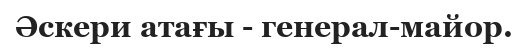
Әскери атағы - генерал-майор.